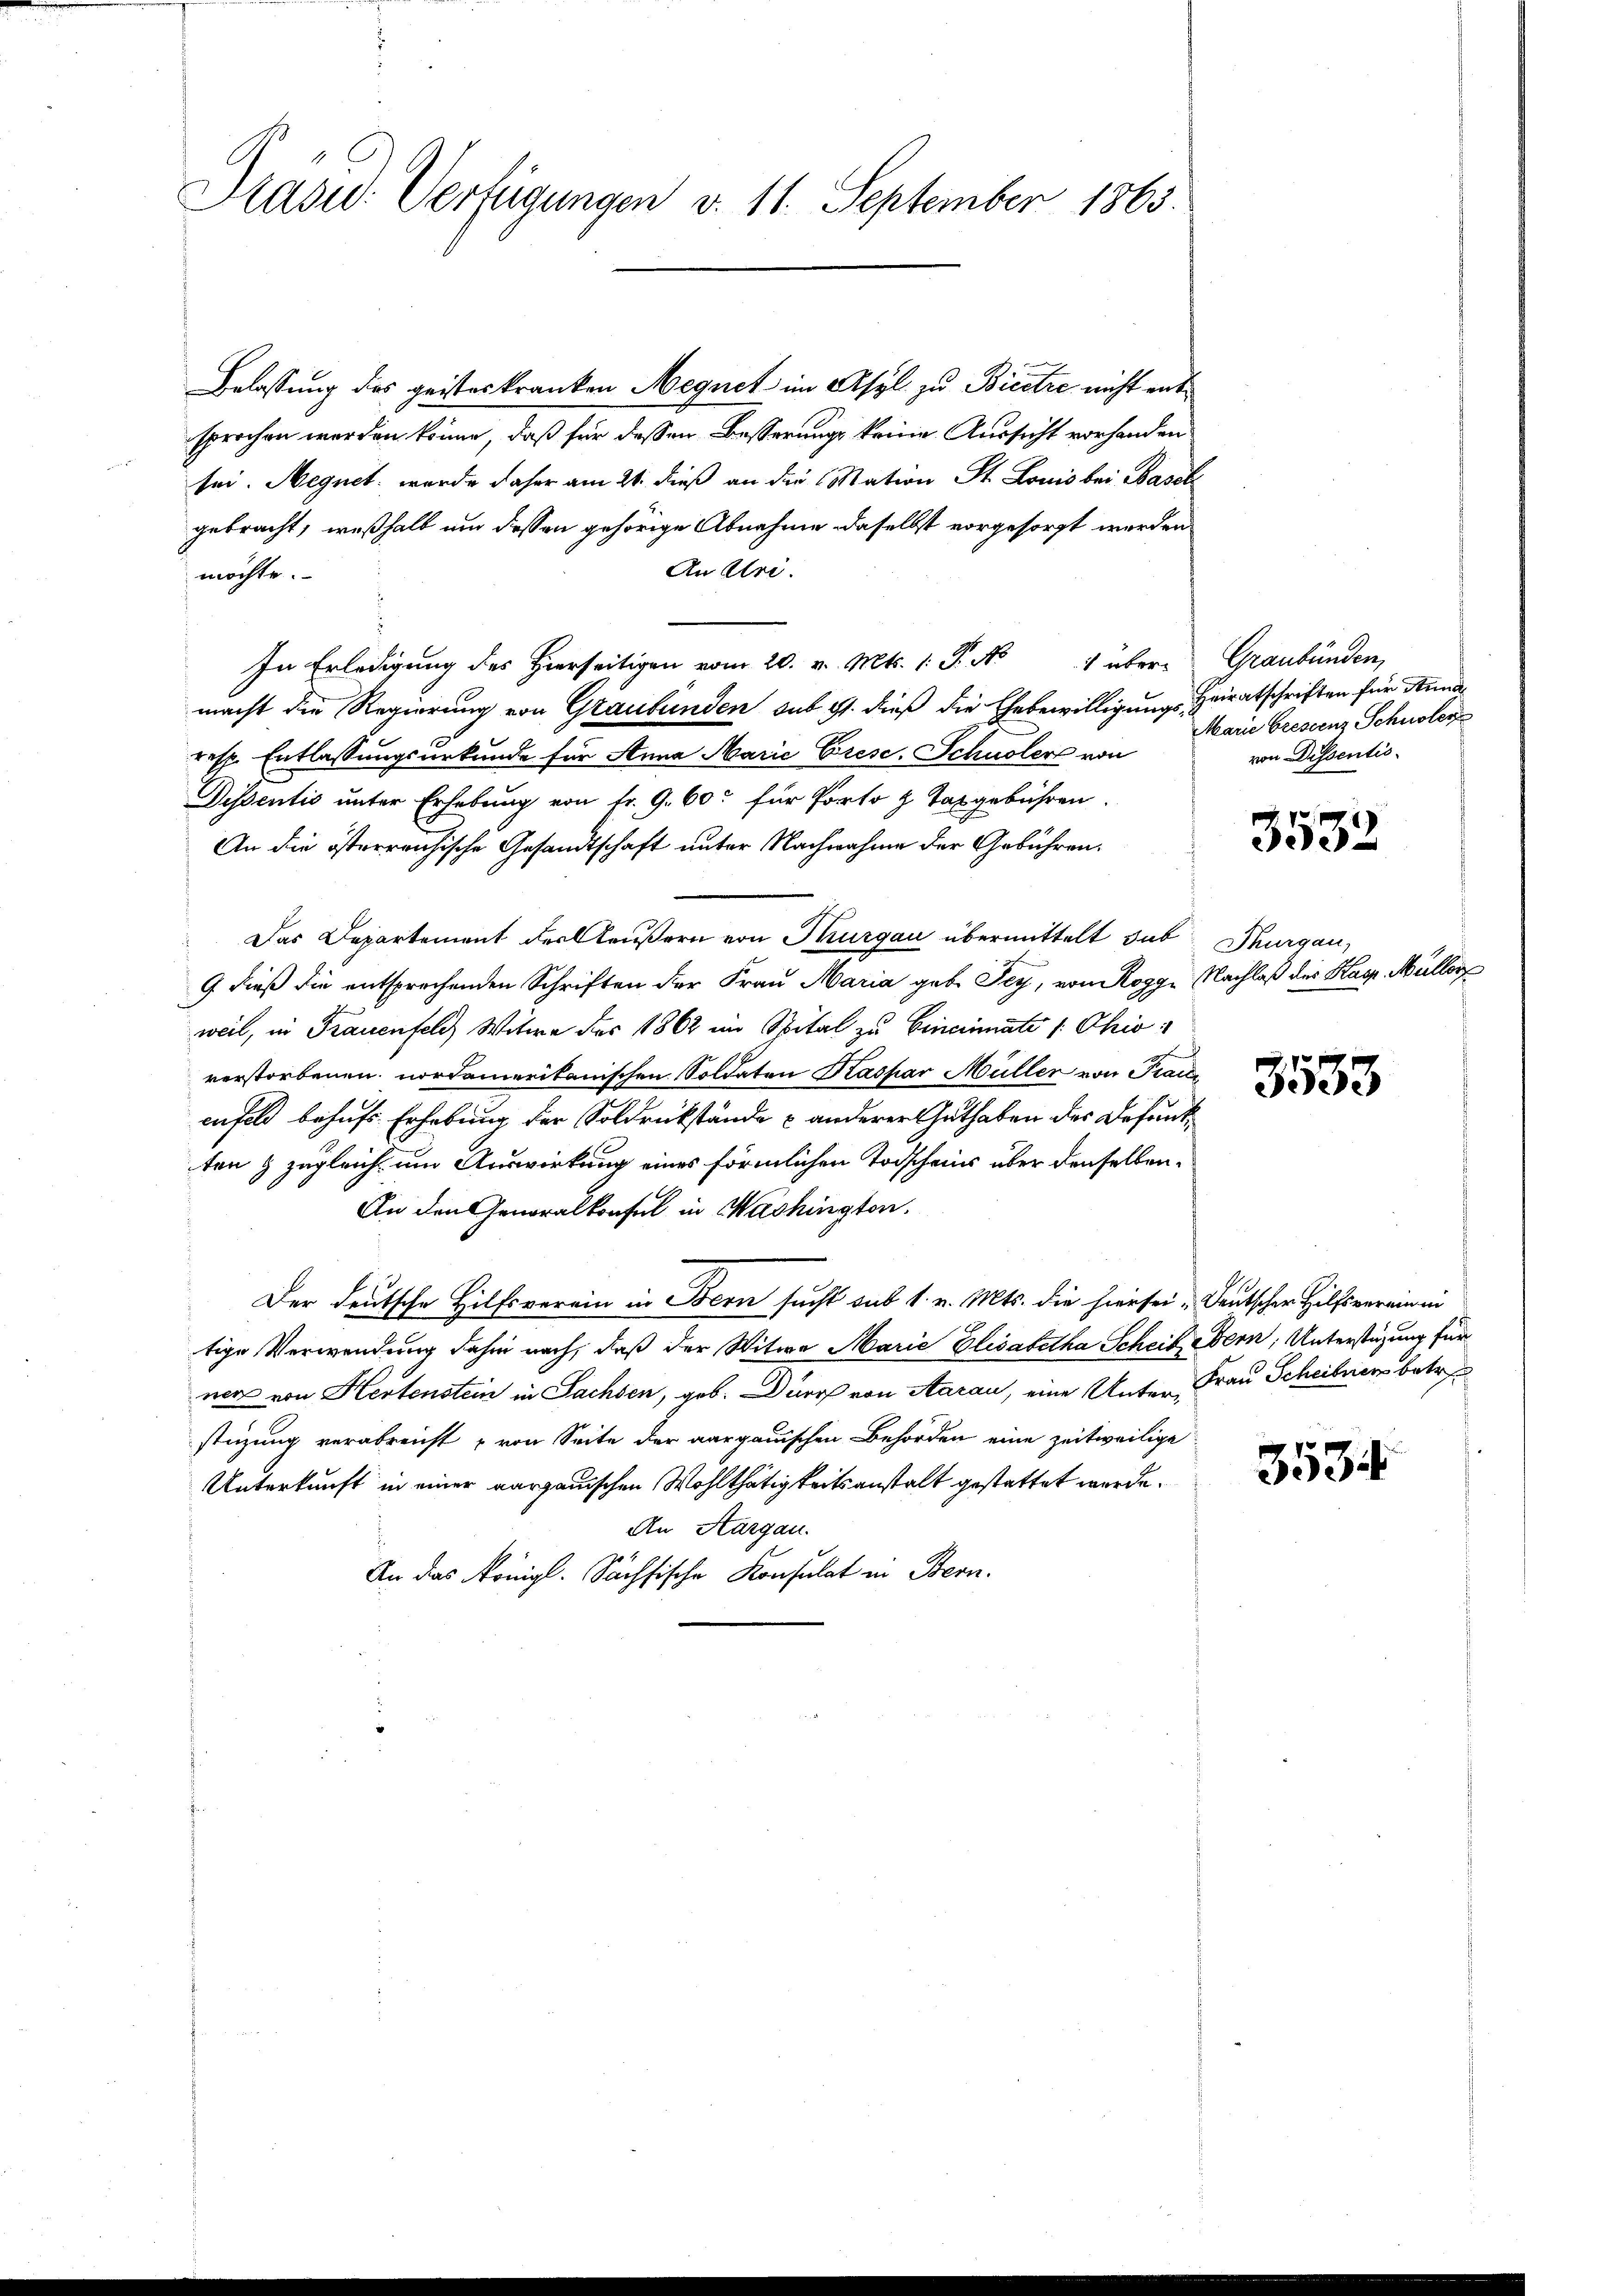
Präsid. Verfügungen v. 11. September 1863.

Belassung des geisteskranken Megnet im Asyl zu Bieetze nicht entsprochen werden könne, daß für dessen Besserungs keine Aussicht vorhanden
sei. Negnet wurde daher am 21. dieß an die Mation St. Louis bei Basel
gebracht, weßhalb um dessen gehörige Abnahme daselbst vorgesorgt werden
An Uri.
möchte.
In Erledigung des Hierseitigen vom 20. v. Mts. 1. P. No 1 über- Graubünden,
macht die Regierung von Graubünden sub 9t. dieß die Ehebewilligung Heiratschriften für Anna
resp. Entlassungsurkunde für Anna Marie Grese. Schnoler von
Dissentis unter Erhebung von fr. 9. 60. für Porto z. Taxgebühren.
An die österreichische Gesandtschaft unter Nachnahme der Gebühren¬
Das Departement der Aeußern von Thurgau übermittelt das Thurgau,
9. dieß die entsprechenden Schriften der Frau Maria gebe Sey, von Rogg, Nachlaß des Kasp. Müller
weil, in Frauenfeld, Witwe des 1862 im Spital zu Eincinate /: Ohio
verstorbenen nordamerikanischen Soldaten Kaspar Müller von Tracte
enfeld behufs Erhebung der Soldrückstände u anderer Guthaben des Befund
ten & zugleich um Auswirkung eines förmlichen Todscheins über denselben
An den Generalkonsul in Washington.
Der deutsche Hilfsverein in Bern sucht sub 1. v. Mts. die hiersei: „Deutscher Hilfsvereinen
tige Verwendung dahin nach, daß der Witwe Marie Elisabetha Scheit Bern, Unterstüzung für
ner von Hertenstein in Sachsen, geb. Durch von Aarau, eine Unter Frau Scheiben betre
stüzung verabreicht von Seite der aargauischen Behörden eine zeitweilige
Unterkunft in einer aargauischen Wohlthätigkeitsanstalt gestattet werde.
An Aargau.
An das Königl. Sächsische Konsulat in Bern.

Marie Grescenz Schnolen
von Dissentio

3532

3533

3534